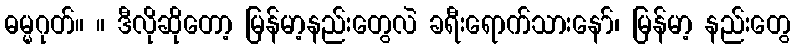
ဓမ္မဂုတ်။ ။ ဒီလိုဆိုတော့ မြန်မာ့နည်းတွေလဲ ခရီးရောက်သားနော်၊ မြန်မာ့ နည်းတွေ